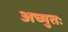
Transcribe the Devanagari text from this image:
अच्युतः